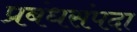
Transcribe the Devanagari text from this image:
प्रबंधसंपदा